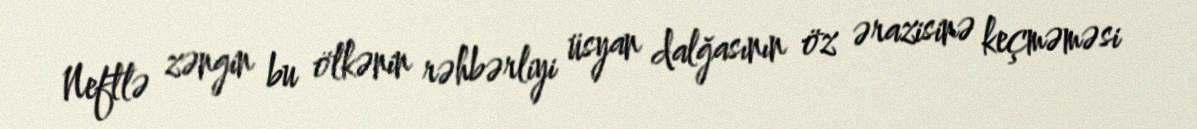
Neftlə zəngin bu ölkənin rəhbərliyi üsyan dalğasının öz ərazisinə keçməməsi